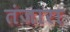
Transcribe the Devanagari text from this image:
तंजारा